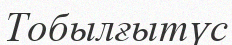
Тобылғытүс